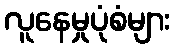
လူနေမှုပုံစံများ